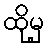
ထိုမှ